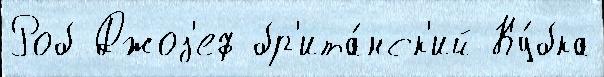
Роб Джоз'еф бр'ита́нск'ий Ку́бка